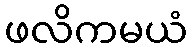
ဖလိကမယံ